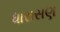
ધારાસણ